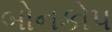
બોનકોપ